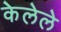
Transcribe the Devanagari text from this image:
केेलेले